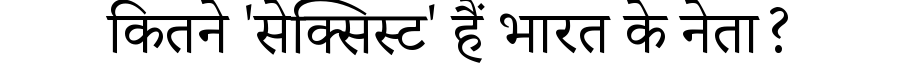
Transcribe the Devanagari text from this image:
कितने 'सेक्सिस्ट' हैं भारत के नेता?